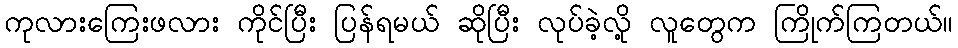
ကုလားကြေးဖလား ကိုင်ပြီး ပြန်ရမယ် ဆိုပြီး လုပ်ခဲ့လို့ လူတွေက ကြိုက်ကြတယ်။